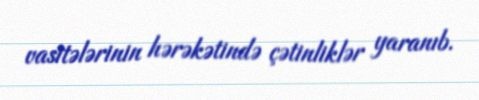
vasitələrinin hərəkətində çətinliklər yaranıb.